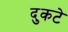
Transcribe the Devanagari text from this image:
दुकटे